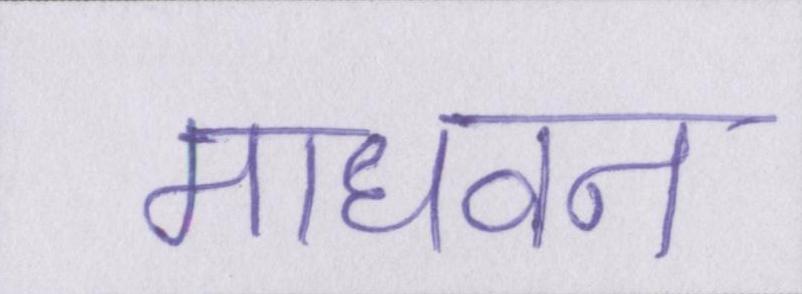
माधवन